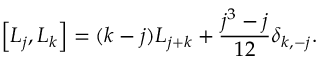
\left[ { \cal L } _ { j } , { \cal L } _ { k } \right] = ( k - j ) { \cal L } _ { j + k } + { \frac { j ^ { 3 } - j } { 1 2 } } \delta _ { k , - j } .